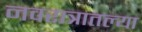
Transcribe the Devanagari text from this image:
नवरात्रातल्या